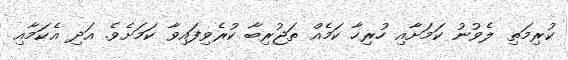
ކުރިމަތި ލެވުނު ކަމަށާއި ހުރިހާ ކަމެއް ތަޖުރިބާ ކުރެވިފައިވާ ކަމަށެވެ. އަދި އެކަމާއި